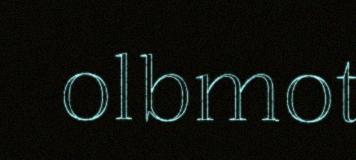
olbmot